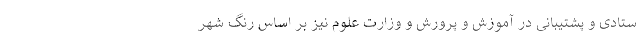
ستادی و پشتیبانی در آموزش و پرورش و وزارت علوم نیز بر اساس رنگ شهر